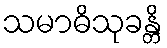
သမာဓိသုခန္တိ